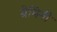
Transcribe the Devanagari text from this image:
ग्रेमिनी